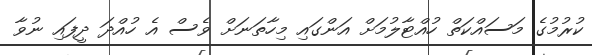
ކުރުމުގެ މަސައްކަތް ހުއްޓާލުމަށް އަންގައި މިހާތަނަށް ވެސް އެ ހުއްދަ ދީފައި ނުވާ